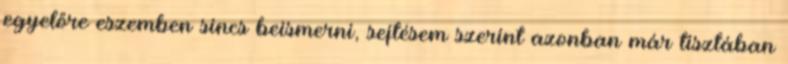
egyelőre eszemben sincs beismerni, sejtésem szerint azonban már tisztában